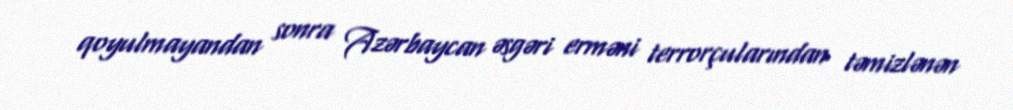
qoyulmayandan sonra Azərbaycan əsgəri erməni terrorçularından təmizlənən